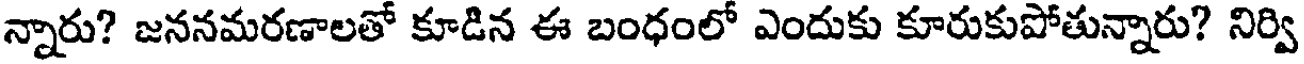
న్నారు? జననమరణాలతో కూడిన ఈ బంధంలో ఎందుకు కూరుకుపోతున్నారు? నిర్వి